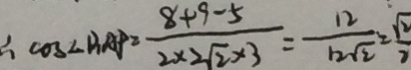
\therefore \cos \angle B A P = \frac { 8 + 9 - 5 } { 2 \times 2 \sqrt { 2 } \times 3 } = \frac { 1 2 } { 1 2 \sqrt { 2 } } = \frac { \sqrt { 2 } } { 2 }